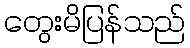
တွေးမိပြန်သည်